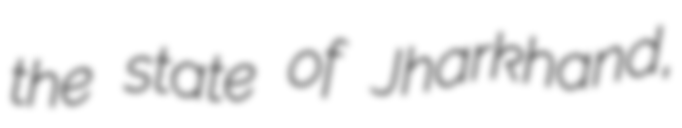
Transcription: the state of Jharkhand,